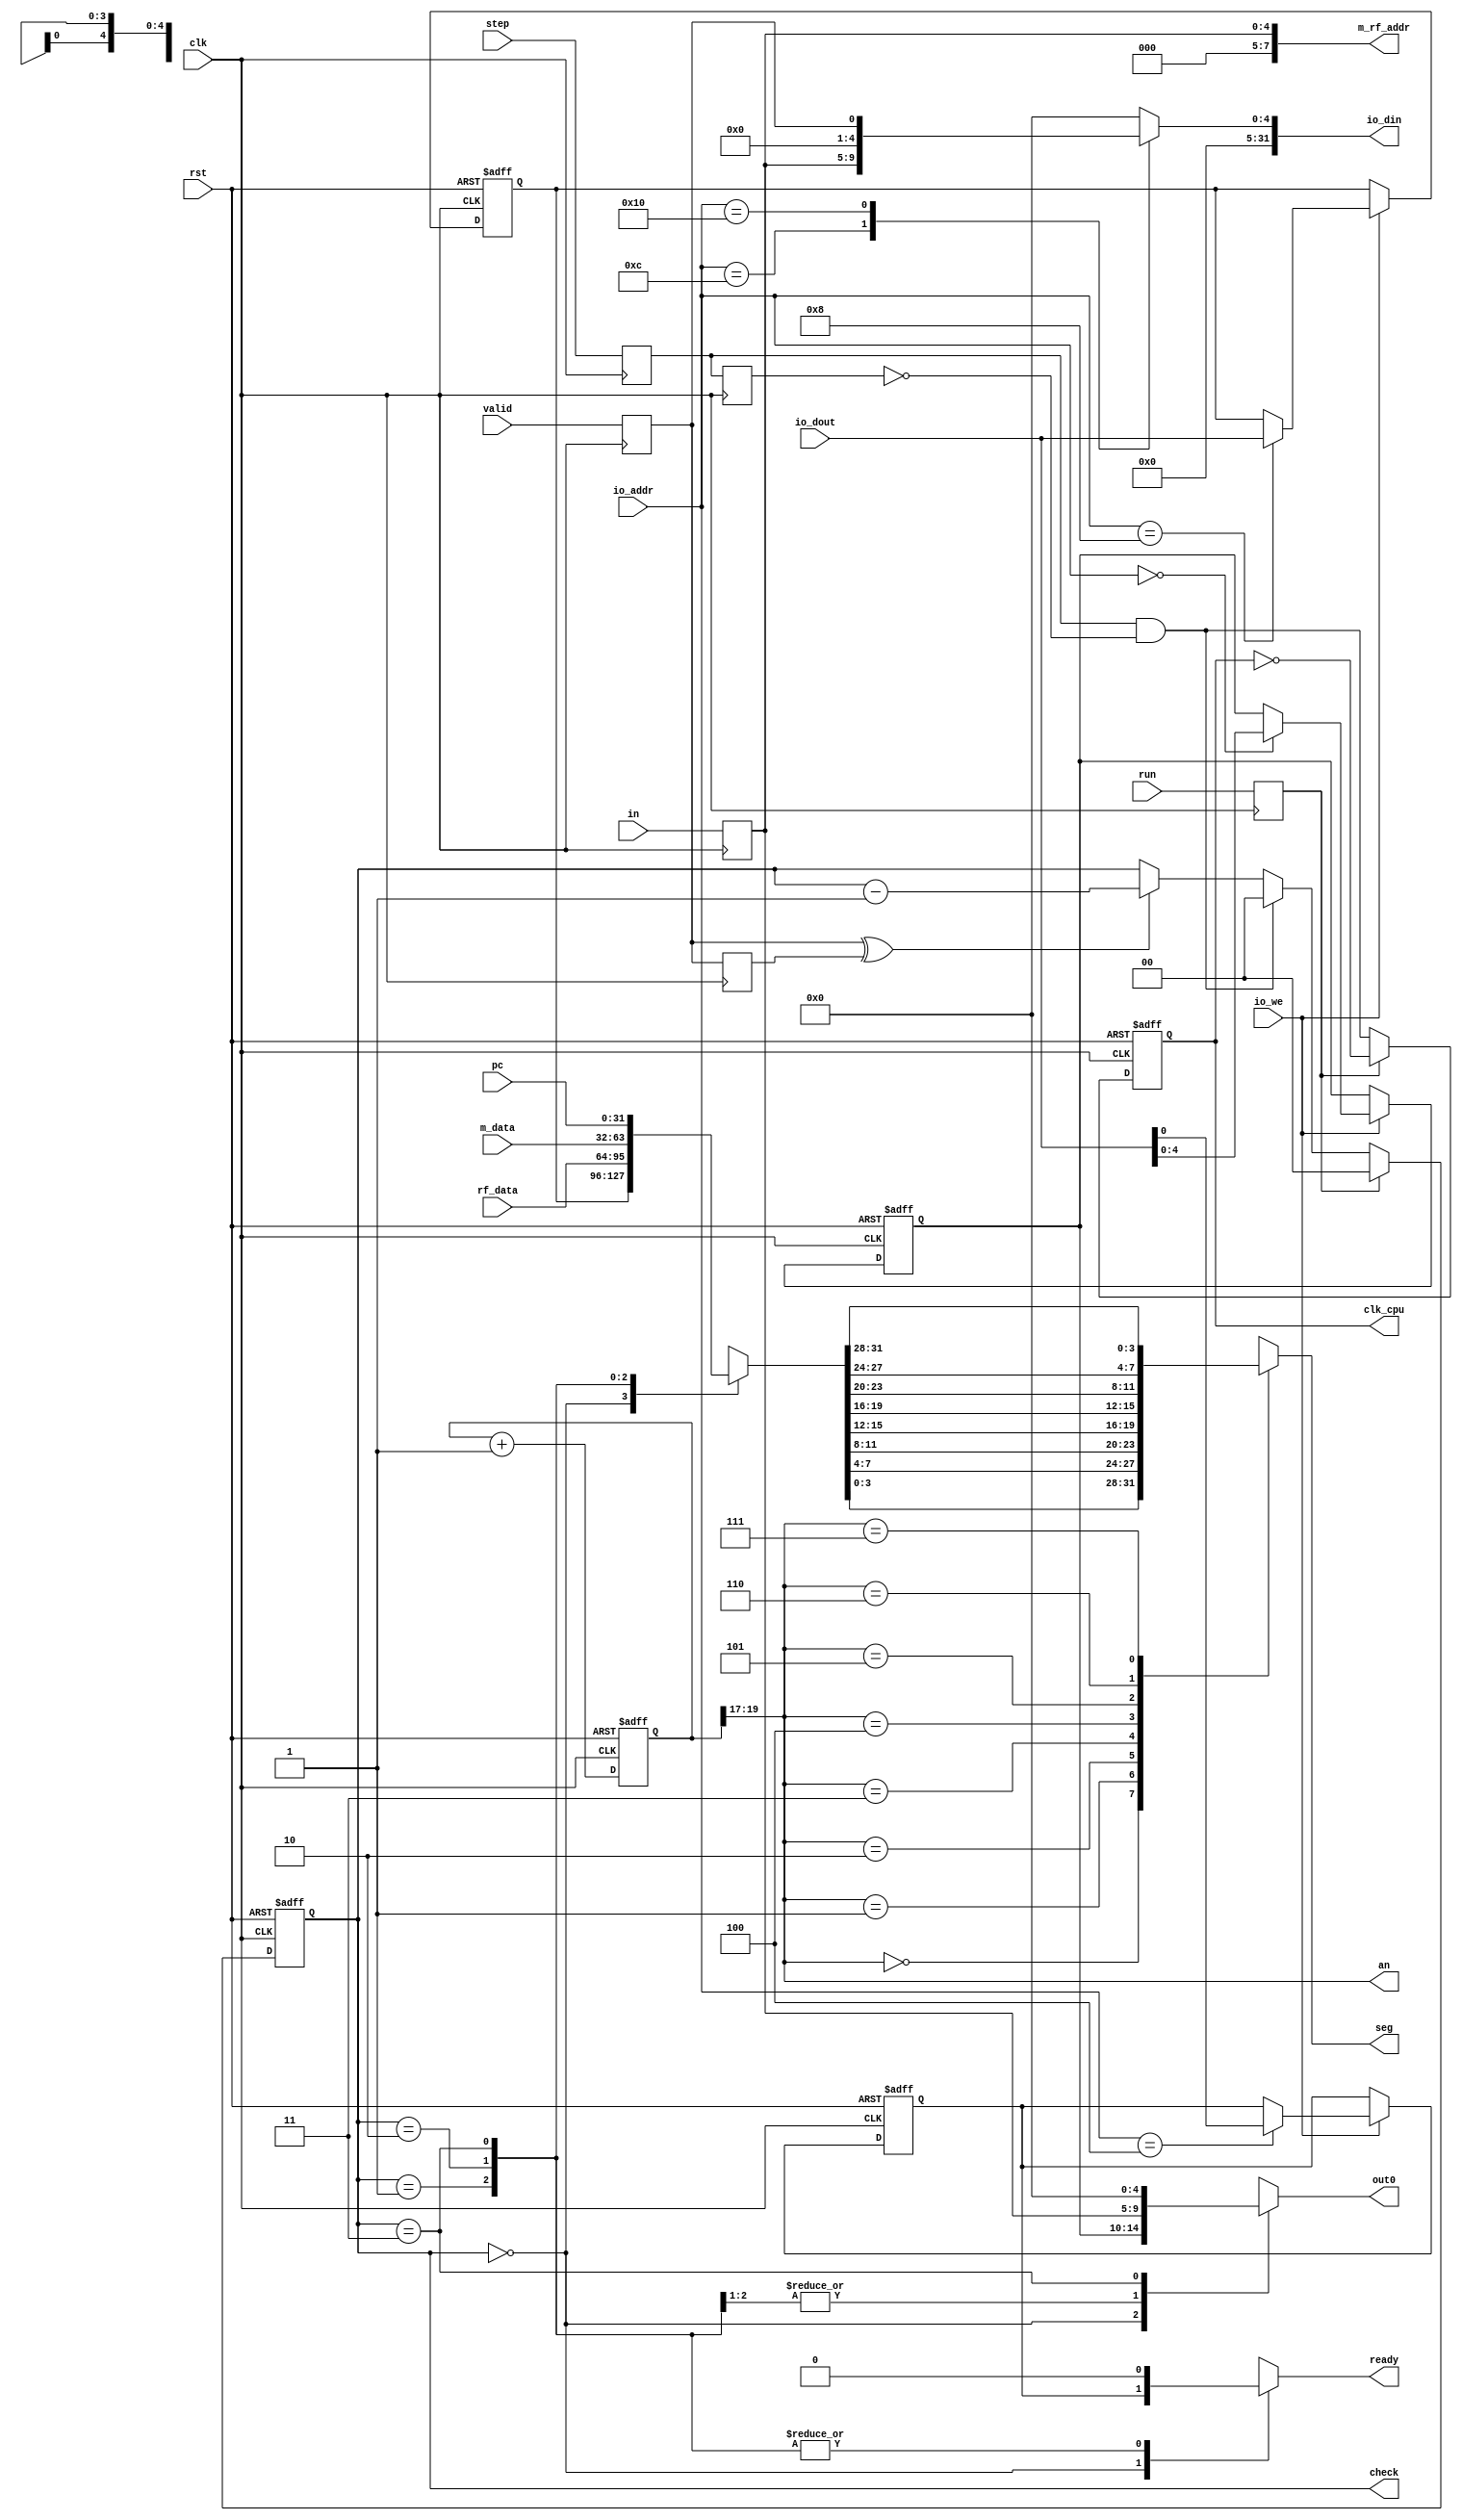
module  pdu_1cycle(
  input clk,
  input rst,

  //CPU;
  input run, 
  input step,
  output clk_cpu,

  //switch
  input valid,
  input [4:0] in,

  //ledseg 
  output [1:0] check,  //led6-5:
  output [4:0] out0,    //led4-0
  output [2:0] an,     //8
  output [3:0] seg,
  output ready,          //led7

  //IO_BUS
  input [7:0] io_addr,
  input [31:0] io_dout,
  input io_we,
  output [31:0] io_din,

  //Debug_BUS
  output [7:0] m_rf_addr,
  input [31:0] rf_data,
  input [31:0] m_data,
  input [31:0] pc
);

reg [4:0] in_r;    //
reg run_r, step_r, step_2r, valid_r, valid_2r;
wire step_p, valid_pn;  //

reg clk_cpu_r;      //CPU
reg [4:0] out0_r;   //
reg [31:0] out1_r;
reg ready_r;
reg [19:0] cnt;     //95Hz
reg [1:0] check_r;  //, 00-01-10-11-PC

reg [7:0] io_din_a; //_aalways
reg ready_a;
reg [4:0] out0_a;
reg [31:0] out1_a;
reg [3:0] seg_a;

assign clk_cpu = clk_cpu_r;
assign io_din = io_din_a;
assign check = check_r;
assign out0 = out0_a;
assign ready = ready_a;
assign seg = seg_a;
assign an = cnt[19:17];
assign step_p = step_r & ~step_2r;     //
assign valid_pn = valid_r ^ valid_2r;  //
assign m_rf_addr = {{3{1'b0}}, in_r};

//
always @(posedge clk) begin
  run_r <= run;
  step_r <= step;
  step_2r <= step_r;
  valid_r <= valid;
  valid_2r <= valid_r;
  in_r <= in;           
end

//CPU
always @(posedge clk, posedge rst) begin
  if(rst)
    clk_cpu_r <= 0;
  else if (run_r)
    clk_cpu_r <= ~clk_cpu_r;
  else
    clk_cpu_r <= step_p;
end

//
always @* begin
  case (io_addr)
    8'h0c: io_din_a = {{27{1'b0}}, in_r};
    8'h10: io_din_a = {{31{1'b0}}, valid_r};
    default: io_din_a = 32'h0000_0000;
  endcase
end

//
always @(posedge clk, posedge rst) begin
if (rst) begin
  out0_r <= 5'h1f;
  out1_r <= 32'h1234_5678;
  ready_r <= 1'b1;
end
else if (io_we)
  case (io_addr)
    8'h00: out0_r <= io_dout[4:0];
    8'h04: ready_r <= io_dout[0];
    8'h08: out1_r <= io_dout;
    default: ;
  endcase
end

//LED
always @(posedge clk, posedge rst) begin
if(rst)
    check_r <= 2'b00;            
  else if(run_r)
    check_r <= 2'b00;
  else if (step_p)
    check_r <= 2'b00;
  else if (valid_pn)
    check_r <= check - 2'b01;
end

//LED
always @* begin
  ready_a = 1'b0;
  case (check_r)
    2'b00: begin
      out0_a = out0_r;
      out1_a = out1_r;
      ready_a = ready_r; 
    end
    2'b01: begin
      out0_a = in_r;
      out1_a = rf_data;
    end
    2'b10: begin
      out0_a = in_r;
      out1_a = m_data;
    end
    2'b11: begin
      out0_a = 5'b00000;
      out1_a = pc;
    end
  endcase
end

//
always @(posedge clk, posedge rst) begin
  if (rst) cnt <= 20'h0_0000;
  else cnt <= cnt + 20'h0_0001;
end

always @* begin
  case (an)
    3'd0: seg_a = out1_a[3:0];
    3'd1: seg_a = out1_a[7:4];
    3'd2: seg_a = out1_a[11:8];
    3'd3: seg_a = out1_a[15:12];
    3'd4: seg_a = out1_a[19:16];
    3'd5: seg_a = out1_a[23:20];
    3'd6: seg_a = out1_a[27:24];
    3'd7: seg_a = out1_a[31:28];
    default: ;
  endcase
end

endmodule